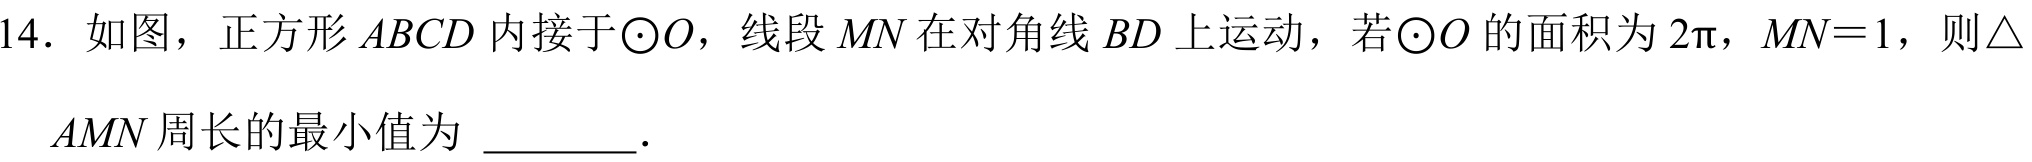
14. 如图，正方形\(ABCD\)内接于\(\odot O\)，线段\(MN\)在对角线\(BD\)上运动，若\(\odot O\)的面积为\(2\pi\)，\(MN = 1\)，则\(\triangle AMN\)周长的最小值为  ．